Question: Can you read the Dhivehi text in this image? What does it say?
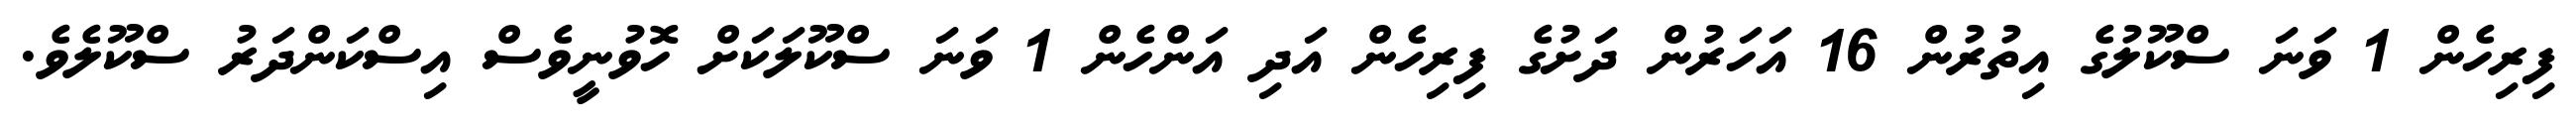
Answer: ފިރިހެން 1 ވަނަ ސްކޫލުގެ އިތުރުން 16 އަހަރުން ދަށުގެ ފިރިހެން އަދި އަންހެން 1 ވަނަ ސްކޫލަކަށް ހޮވުނީވެސް އިސްކަންދަރު ސްކޫލެވެ.